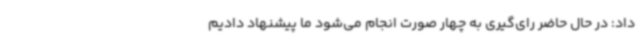
داد: در حال حاضر رای‌گیری به چهار صورت انجام می‌شود ما پیشنهاد دادیم